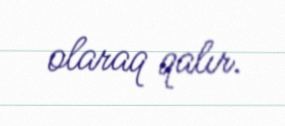
olaraq qalır.